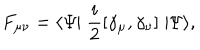
LaTeX: F _ { \mu \nu } = \langle \Psi \! \! \mid \frac { i } { 2 } [ \gamma _ { \mu } , \gamma _ { \nu } ] \mid \! \! \Psi \rangle ,